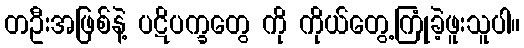
တဦးအဖြစ်နဲ့ ပဋိပက္ခတွေ ကို ကိုယ်တွေ့ကြုံခဲ့ဖူးသူပါ။